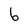
Character: 6